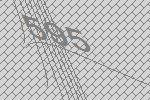
595